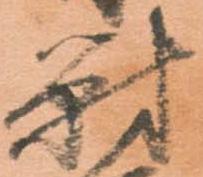
對